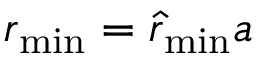
r _ { \mathrm { m i n } } = \hat { r } _ { \mathrm { m i n } } a